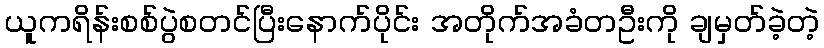
ယူကရိန်းစစ်ပွဲစတင်ပြီးနောက်ပိုင်း အတိုက်အခံတဦးကို ချမှတ်ခဲ့တဲ့